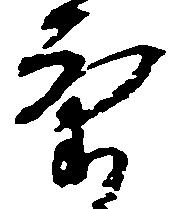
気